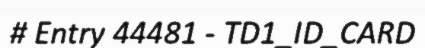
# Entry 44481 - TD1_ID_CARD